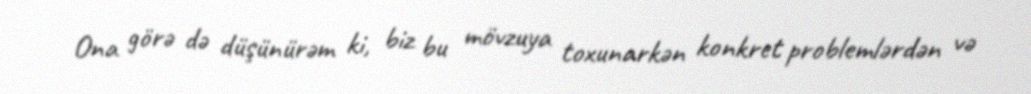
Ona görə də düşünürəm ki, biz bu mövzuya toxunarkən konkret problemlərdən və